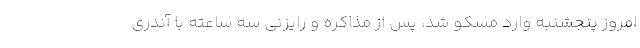
امروز پنجشنبه وارد مسکو شد، پس از مذاکره و رایزنی سه ساعته با آندری